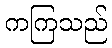
ကကြသည်